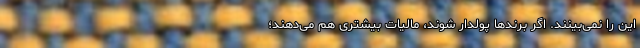
این را نمی‌بینند. اگر برندها پولدار شوند، مالیات بیشتری هم می‌دهند؛